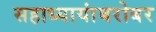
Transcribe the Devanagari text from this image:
सहाध्यायांबरोबर